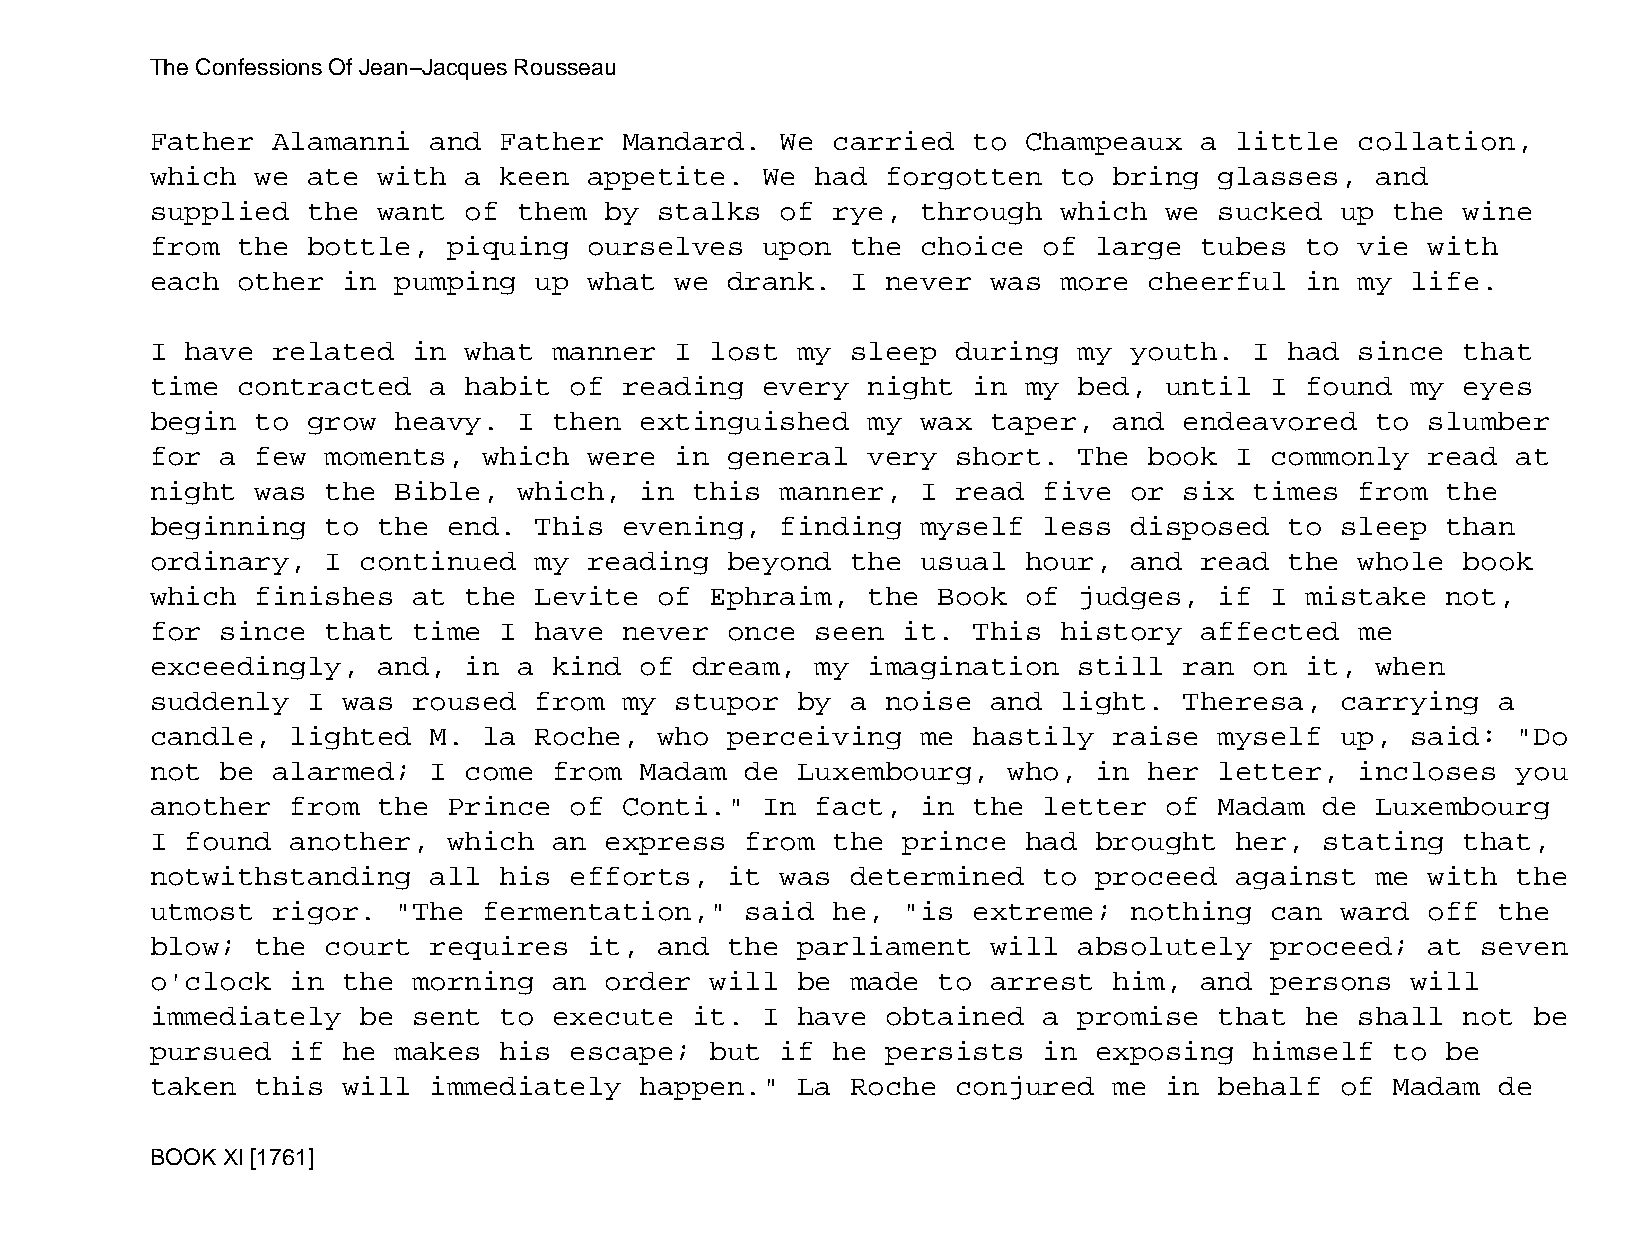
The Confessions Of Jean−Jacques Rousseau
 Father  Alamanni  and  Father  Mandard.   We carried  to  Champeaux  a  little  collation,
 which  we ate  with  a keen  appetite.  We  had  forgotten  to  bring  glasses,  and
 supplied  the  want  of them  by  stalks  of rye,  through  which  we  sucked  up the  wine
 from  the bottle,   piquing  ourselves  upon  the  choice  of large  tubes  to  vie  with
 each  other  in pumping  up  what  we drank.  I  never  was more  cheerful  in  my life.
 I have  related  in  what  manner  I lost  my sleep  during  my  youth.  I had  since  that
 time  contracted  a  habit  of reading  every  night  in  my bed,  until  I found  my  eyes
 begin  to grow  heavy.  I  then extinguished   my  wax  taper,  and endeavored   to  slumber
 for  a few  moments,  which  were  in general  very  short.  The  book  I commonly   read at
 night  was  the Bible,  which,  in  this  manner,  I read  five  or six  times  from  the
 beginning   to the  end. This  evening,   finding  myself  less  disposed  to  sleep  than
 ordinary,   I continued  my  reading  beyond  the  usual  hour,  and read  the  whole  book
 which  finishes  at  the Levite   of Ephraim,  the  Book  of judges,   if I mistake   not,
 for  since  that time  I have  never  once  seen  it. This  history  affected   me
 exceedingly,   and,  in a  kind of  dream,  my imagination   still  ran  on it,  when
 suddenly  I  was roused  from  my  stupor  by a  noise  and light.  Theresa,   carrying  a
 candle,  lighted  M.  la Roche,   who perceiving   me hastily   raise  myself  up, said:  "Do
 not  be alarmed;  I  come  from Madam  de  Luxembourg,   who, in  her  letter,  incloses  you
 another  from  the  Prince  of Conti."  In  fact,  in the  letter  of  Madam  de Luxembourg
 I found  another,   which  an express  from  the  prince  had brought   her,  stating  that,
 notwithstanding   all  his  efforts,  it  was determined   to proceed   against  me  with the
 utmost  rigor.  "The  fermentation,"   said  he,  "is extreme;   nothing  can  ward  off the
 blow;  the  court requires   it,  and the  parliament   will absolutely   proceed;   at seven
 o'clock  in  the morning   an order  will  be made  to  arrest  him, and  persons  will
 immediately   be sent  to  execute  it. I  have  obtained  a promise   that he  shall  not be
 pursued  if  he makes  his  escape;  but  if he  persists  in exposing   himself  to  be
 taken  this  will immediately   happen."   La Roche  conjured   me in  behalf  of Madam  de
 BOOK XI [1761]